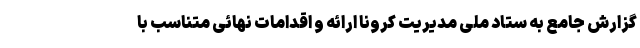
گزارش جامع به ستاد ملی مدیریت کرونا ارائه و اقدامات نهائی متناسب با